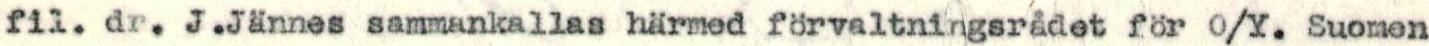
fil. dr. J.Jännes sammankallas härmed förvaltningsrådet för O/Y. Suomen